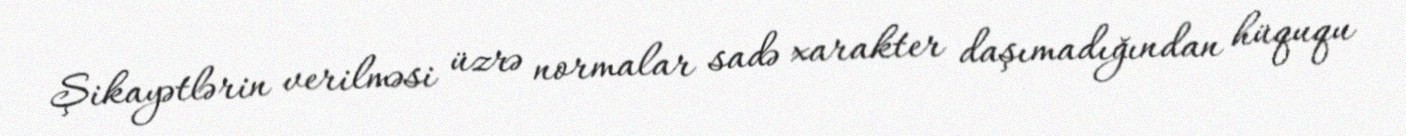
Şikayətlərin verilməsi üzrə normalar sadə xarakter daşımadığından hüququ